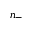
n _ { - }